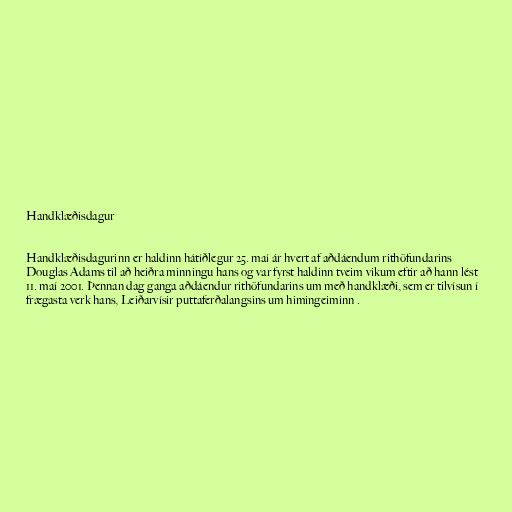
Handklæðisdagur

Handklæðisdagurinn er haldinn hátíðlegur 25. maí ár hvert af aðdáendum rithöfundarins
Douglas Adams til að heiðra minningu hans og var fyrst haldinn tveim vikum eftir að hann lést
11. maí 2001. Þennan dag ganga aðdáendur rithöfundarins um með handklæði, sem er tilvísun í
frægasta verk hans, Leiðarvísir puttaferðalangsins um himingeiminn .